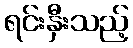
ရင်းနှီးသည့်